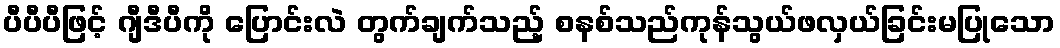
ပီပီပီဖြင့် ဂျီဒီပီကို ပြောင်းလဲ တွက်ချက်သည့် စနစ်သည်ကုန်သွယ်ဖလှယ်ခြင်းမပြုသော